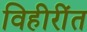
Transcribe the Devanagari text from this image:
विहीरींत